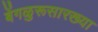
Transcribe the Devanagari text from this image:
बेंगळुरूसारख्या